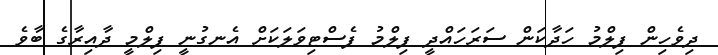
ދިވެހިން ފިލްމު ހަދާކަން ސަރަހައްދީ ފިލްމު ފެސްޓިވަލަކަށް އެނގުނީ ފިލްމީ ދާއިރާގެ ބާވެ